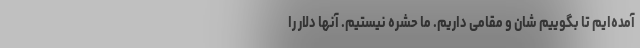
آمده‌ایم تا بگوییم شان و مقامی داریم. ما حشره نیستیم. آنها دلار را